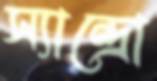
স্যান্দ্রো